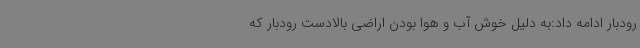
رودبار ادامه داد:به دلیل خوش آب و هوا بودن اراضی بالادست رودبار که